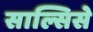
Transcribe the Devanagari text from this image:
साल्सिसे